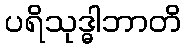
ပရိသုဒ္ဓါဘာတိ